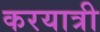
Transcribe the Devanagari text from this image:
करयात्री